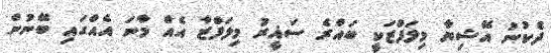
ދެކުނު އޭޝިޔާ މިލަފްޒަކީ ބައްރެ ސަޣީރު މިލަފްޒާ އެއް މާނަ އެއްގައި ބޭނުން